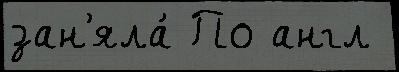
зан'яла́ По англ